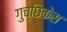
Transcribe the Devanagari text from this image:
गुच्छिकेस